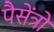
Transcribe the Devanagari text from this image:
पैसेंत्रो